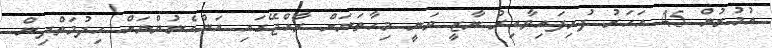
އުމުރުން 45 އަހަރު ފުރިފައިވާއިރު ނާޒީ ވަނީ މިހާތަނަށް ރާއްޖޭގައި އަންހެނުންނަށް ހިދުމަތްދިން